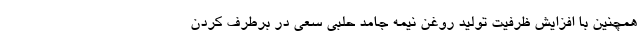
همچنین با افزایش ظرفیت تولید روغن نیمه جامد حلبی سعی در برطرف کردن